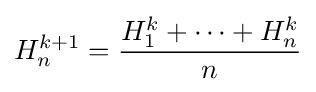
H_{n}^{k+1}={\frac {H_{1}^{k}+\cdots +H_{n}^{k}}{n}}